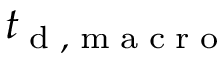
{ t } _ { \tiny { \mathrm { ~ d ~ , ~ m ~ a ~ c ~ r ~ o ~ } } }